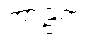
ကာဠကံ